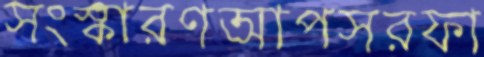
সংস্কারণআপসরফা